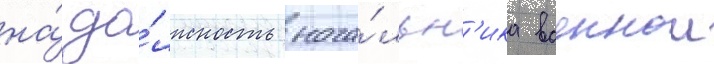
на́ до́лжность нача́льн'ика военнои